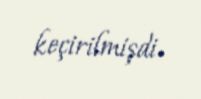
keçirilmişdi.